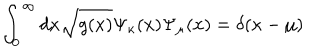
\int _ { 0 } ^ { \infty } d x \sqrt { g ( x ) } \Psi _ { \kappa } ( x ) \Psi _ { \mu } ( x ) = \delta ( \kappa - \mu )